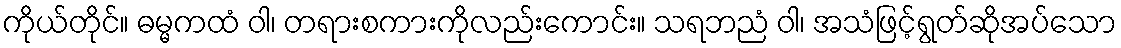
ကိုယ်တိုင်။ ဓမ္မကထံ ဝါ၊ တရားစကားကိုလည်းကောင်း။ သရဘညံ ဝါ၊ အသံဖြင့်ရွတ်ဆိုအပ်သော